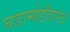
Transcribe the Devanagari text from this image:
घडामोडीवरचं